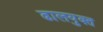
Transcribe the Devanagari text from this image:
ढालयुक्त